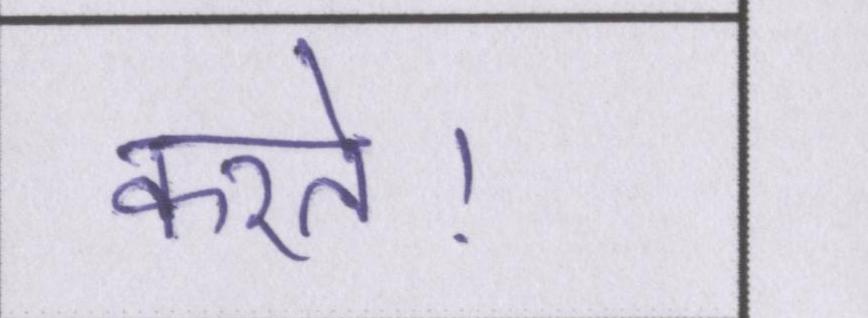
करते।